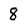
Character: 8